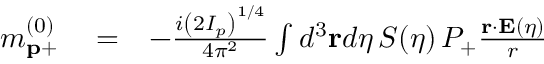
\begin{array} { r l r } { m _ { \mathbf { p } + } ^ { ( 0 ) } } & { { } = } & { - \frac { i \left( 2 I _ { p } \right) ^ { 1 / 4 } } { 4 \pi ^ { 2 } } \int d ^ { 3 } \mathbf { r } d \eta \, { \cal S } ( \eta ) \, { \cal P } _ { + } \frac { \mathbf { r } \cdot \mathbf { E } ( \eta ) } { r } } \end{array}